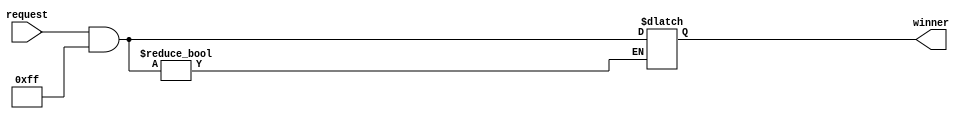
module random_arbiter (
    input wire [7:0] request,
    output reg [7:0] winner
);

reg [7:0] priority_levels = 8'b11111111; // Predefined priority levels

always @(request) begin
    if (request & priority_levels) begin
        // Random selection logic for equal priority
        winner <= request & priority_levels; 
    end
end

endmodule